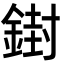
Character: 𨩥